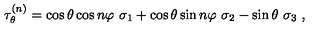
\tau _ { \theta } ^ { ( n ) } = \cos \theta \cos n \varphi \ \sigma _ { 1 } + \cos \theta \sin n \varphi \ \sigma _ { 2 } - \sin \theta \ \sigma _ { 3 } \ ,